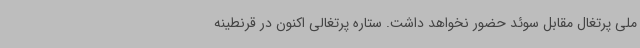
ملی پرتغال مقابل سوئد حضور نخواهد داشت. ستاره پرتغالی اکنون در قرنطینه